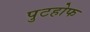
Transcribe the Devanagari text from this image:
पुटहोफ